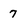
Character: 7